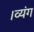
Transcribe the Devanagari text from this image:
।व्यंग